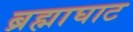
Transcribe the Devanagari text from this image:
ब्रह्माघाट